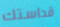
قداستك